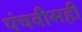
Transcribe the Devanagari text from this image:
पंचवीसही